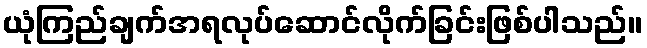
ယုံကြည်ချက်အရလုပ်ဆောင်လိုက်ခြင်းဖြစ်ပါသည်။